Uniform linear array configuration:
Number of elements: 24
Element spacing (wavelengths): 0.5
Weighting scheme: uniform
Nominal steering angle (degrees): -30
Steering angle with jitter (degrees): -30.873
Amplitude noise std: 0.05
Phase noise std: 0.05

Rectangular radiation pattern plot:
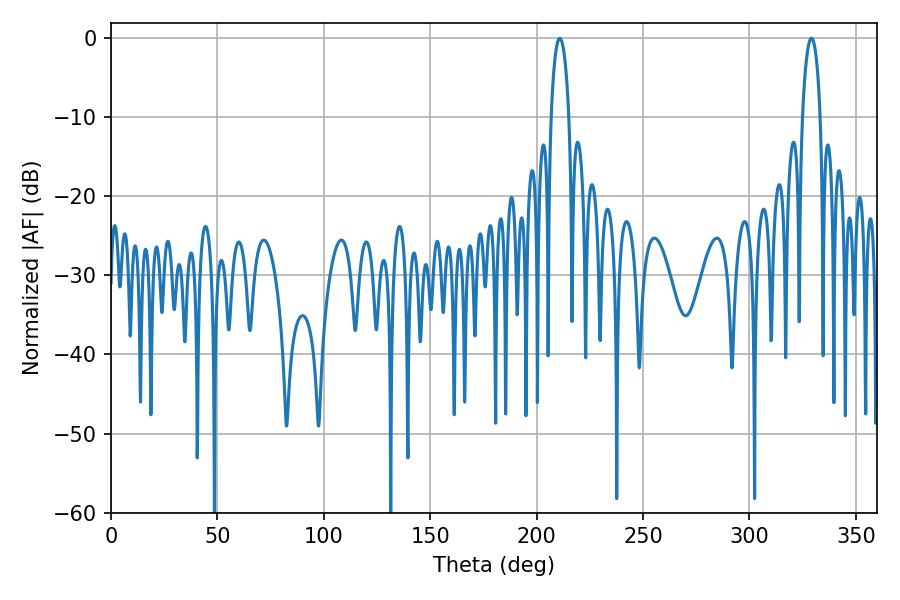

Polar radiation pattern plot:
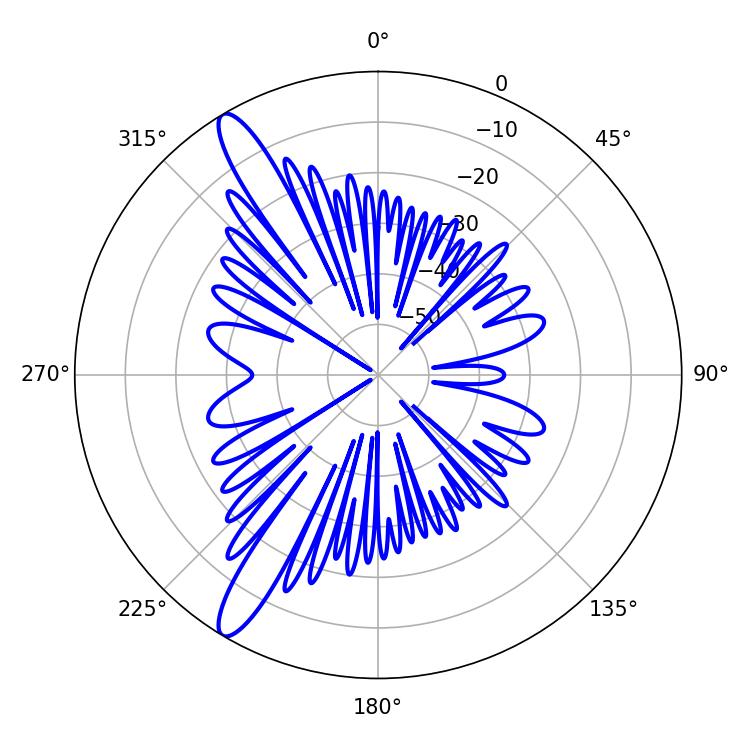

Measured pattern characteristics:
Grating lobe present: FALSE
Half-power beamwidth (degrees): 4.86
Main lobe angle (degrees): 210.78